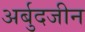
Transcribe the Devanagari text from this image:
अर्बुदजीन